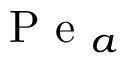
\mathrm { ~ P ~ e ~ } _ { a }